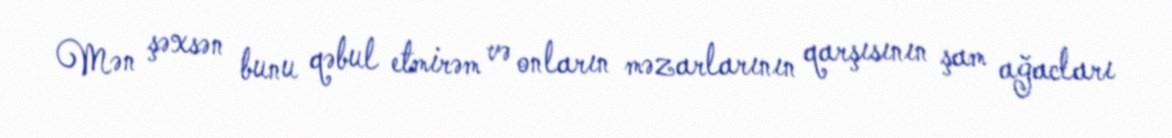
Mən şəxsən bunu qəbul etmirəm və onların məzarlarının qarşısının şam ağacları